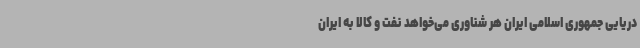
دریایی جمهوری اسلامی ایران هر شناوری می‌خواهد نفت و کالا به ایران